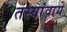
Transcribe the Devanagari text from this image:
तस्यांवाये